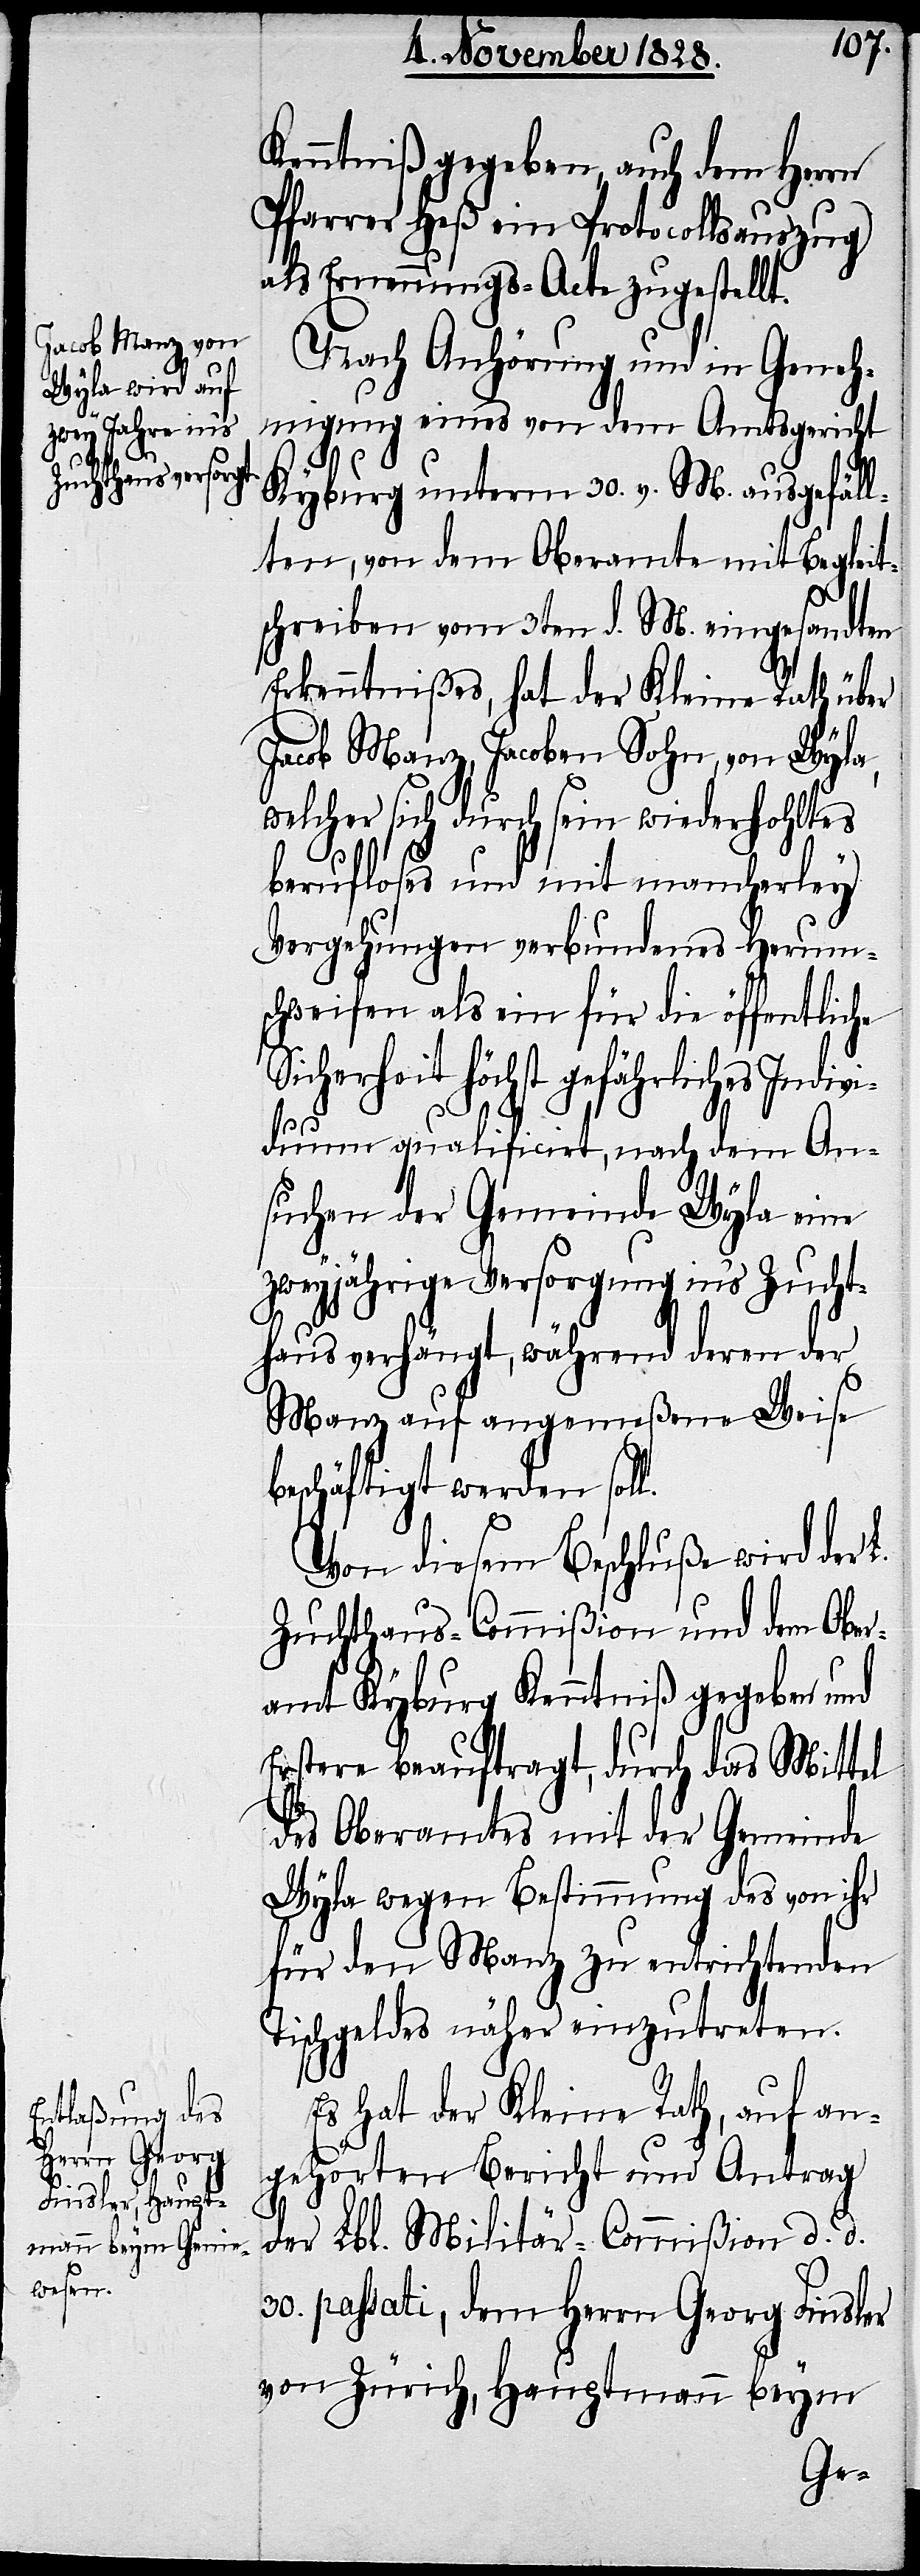
Kenntniß gegeben, auch dem Herrn
Pfarrer Heß ein Protocollsauszug
als Ernennungs-Acte zugestellt.
Nach Anhörung und in Geneh¬
migung eines von dem Amtsgericht
Kyburg unterm 30. v. M. ausgefäll¬
ten, von dem Oberamte mit Begleit¬
schreiben vom 3ten d. M. eingesandten
Erkenntnißes, hat der Kleine Rath über
Jacob Manz, Jacoben Sohn, von Wyla,
welcher sich durch sein wiederhohltes
berufloses und mit mancherley
Vergehungen verbundenes Herum¬
schweifen als ein für die öffentliche
Sicherheit höchst gefährliches Indivi¬
duum qualificirt, nach dem An¬
suchen der Gemeinde Wyla eine
zweyjährige Versorgung ins Zucht¬
haus verhängt, während deren der
Manz auf angemeßene Weise
beschäftigt werden soll.
Von diesem Beschluße wird der L.
Zuchthaus-Commißion und dem Ober¬
amt Kyburg Kenntniß gegeben und
Erstere beauftragt, durch das Mittel
des Oberamtes mit der Gemeinde
Wyla wegen Bestimmung des von ihr
für den Manz zu entrichtenden
Tischgeldes näher einzutreten.
Es hat der Kleine Rath, auf an¬
gehörten Bericht und Antrag
der Lbl. Militär-Commißion d. d.
30. passati, dem Herrn Georg Finsler
von Zürich, Hauptmann beym